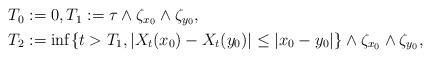
LaTeX: \begin{align*}\aligned &T_0:=0,T_1:=\tau\wedge\zeta_{x_0}\wedge\zeta_{y_0},\\& T_2:=\inf\{t>T_1,|X_t(x_0)-X_t(y_0)|\le|x_0-y_0|\}\wedge\zeta_{x_0}\wedge\zeta_{y_0},\endaligned\end{align*}